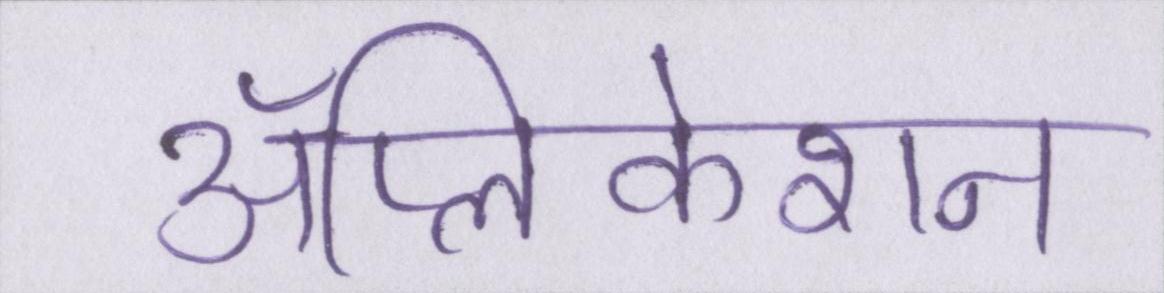
ॲप्लिकेशन